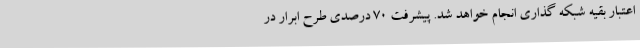
اعتبار بقیه شبکه گذاری انجام خواهد شد. پیشرفت 70 درصدی طرح ابرار در